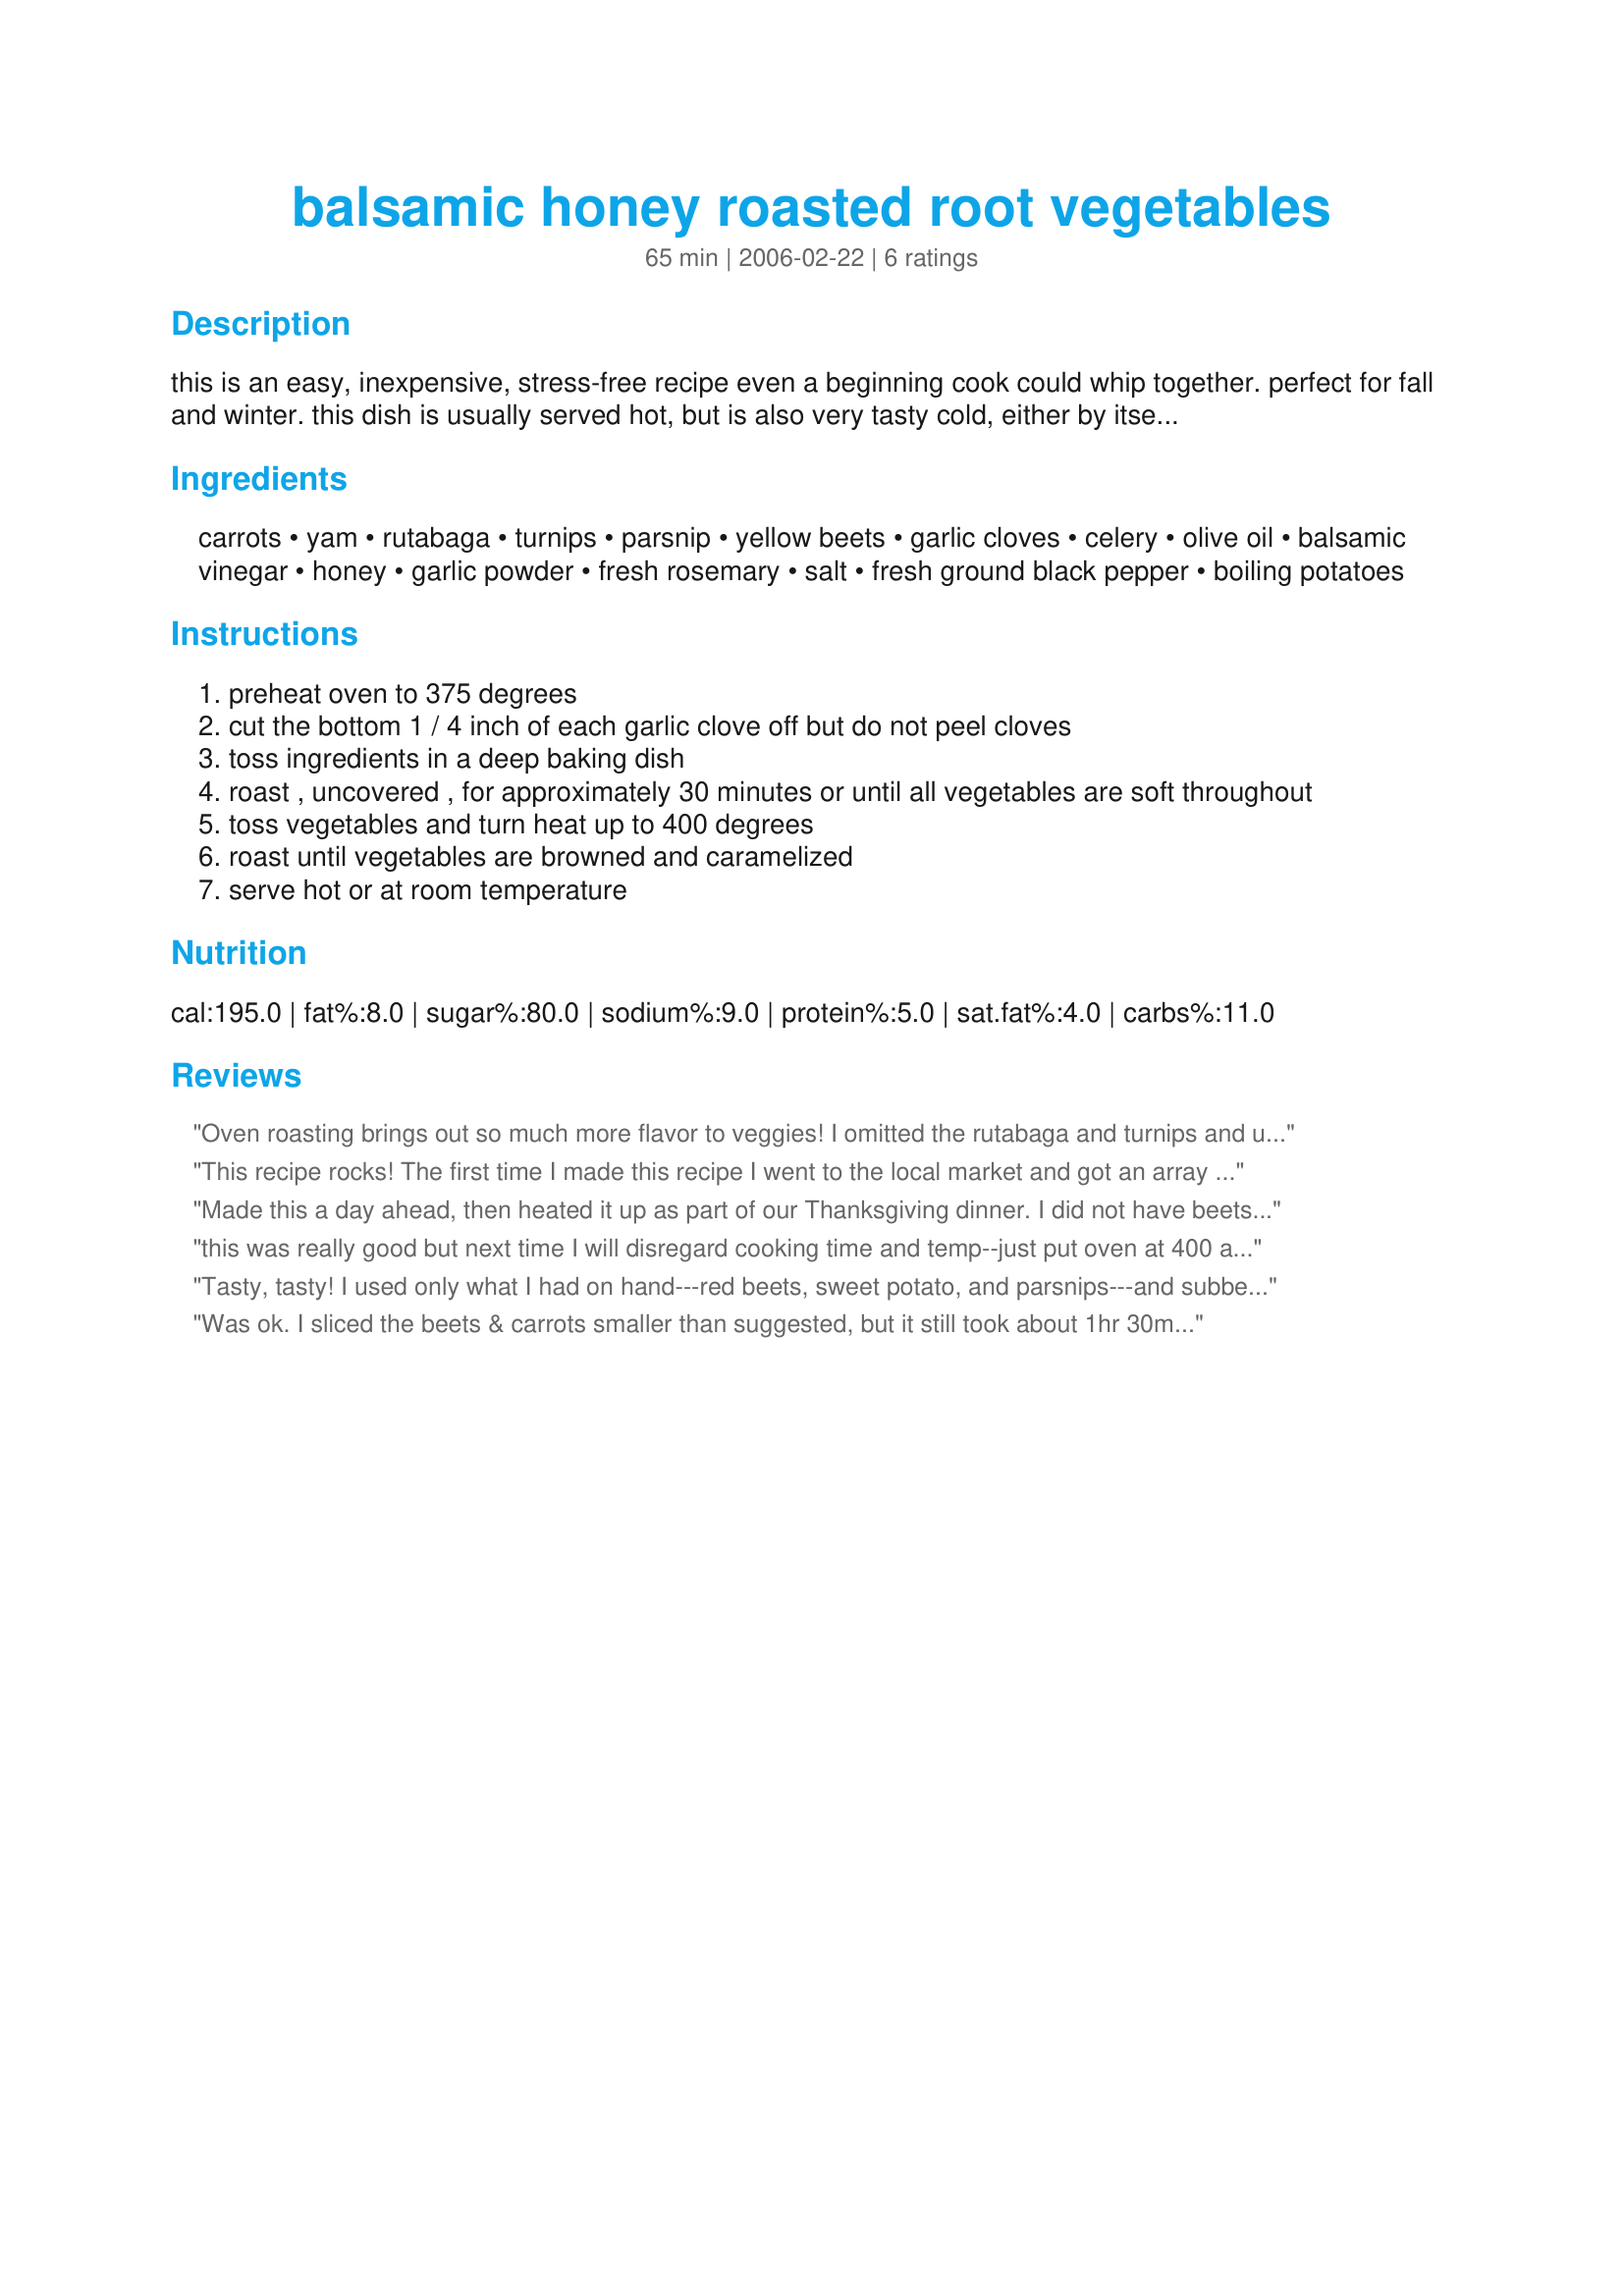
balsamic honey roasted root vegetables
Preparation time: 65 minutes

this is an easy, inexpensive, stress-free recipe even a beginning cook could whip together. perfect for fall and winter. this dish is usually served hot, but is also very tasty cold, either by itself or mixed in with spring greens and a balsamic or "goddess" dressing. you can easily substitute other root vegetables if you don't have these on hand - try celery root, baking potatoes, red beets, etc.

Ingredients:
carrots, yam, rutabaga, turnips, parsnip, yellow beets, garlic cloves, celery, olive oil, balsamic vinegar, honey, garlic powder, fresh rosemary, salt, fresh ground black pepper, boiling potatoes

Steps:
preheat oven to 375 degrees
cut the bottom 1 / 4 inch of each garlic clove off but do not peel cloves
toss ingredients in a deep baking dish
roast , uncovered , for approximately 30 minutes or until all vegetables are soft throughout
toss vegetables and turn heat up to 400 degrees
roast until vegetables are browned and caramelized
serve hot or at room temperature

Reviews:
Oven roasting brings out so much more flavor to veggies! I omitted the rutabaga and turnips and used 8 large red beets, also I used fresh garlic instead of garlic powder, it was still so delicious! I love the combination of flavors in the balsamic/honey mixture, thanks for sharing!...Kitten:)
This recipe rocks! The first time I made this recipe I went to the local market and got an array of root vegetables in a rainbow of colors it was beautiful. Used whole heads of garlic in the dish to roast them as well. The balsamic and honey make a wonderful carmelized glaze on the veggies (if you remember to mix up once in awhile). Great break from boring potatoes
Made this a day ahead, then heated it up as part of our Thanksgiving dinner. I did not have beets, yellow or red, and used extra parsnips. This was very tasty and I would make it again.
this was really good but next time I will disregard cooking time and temp--just put oven at 400 and roast for about an hour (or longer if necessary) . Otherwise you'll be there all day! toss veggies occasionally and watch for burning!
Tasty, tasty! I used only what I had on hand---red beets, sweet potato, and parsnips---and subbed agave for honey. Beautiful color and texture! Excellent side for an otherwise "beige" meal---I served this with chicken loaf and pasta with Alfredo sauce. Mmm!
Was ok. I sliced the beets & carrots smaller than suggested, but it still took about 1hr 30min to cook. The flavoring was nice.
